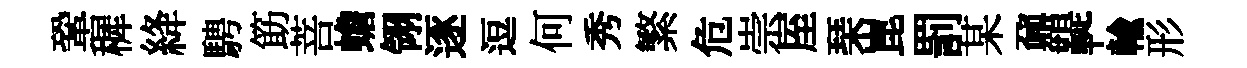
鞏穉絳騁筯菩蟾翎逐逗何秀繁危崇厔琹崑罰某鼐鞮輸形